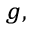
^ { g , }